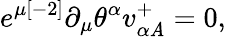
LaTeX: e^{\mu{[-2]}}\partial_{\mu}\theta^{\alpha}v_{\alpha{\mathit{A}}}^{{+}}=0,